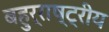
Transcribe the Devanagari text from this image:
बहुर्राष्ट्रीय